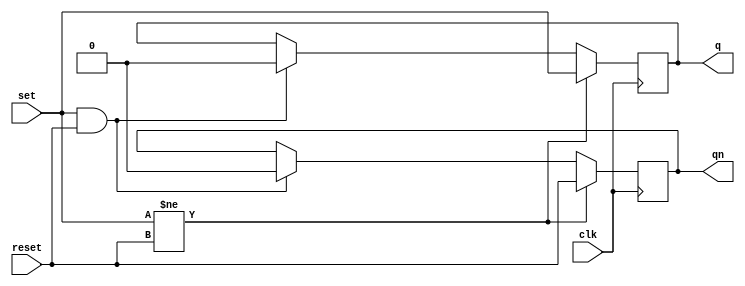
module srff(input set,reset,clk,output reg q,qn);
always @(posedge clk) begin

	if(set!=reset) begin
	q=set;
	qn=reset;
	end
	else if(set==1'b1 && reset==1'b1) begin
	q=1'b0;qn=1'b0;
	end

end
endmodule